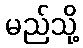
မည်သို့